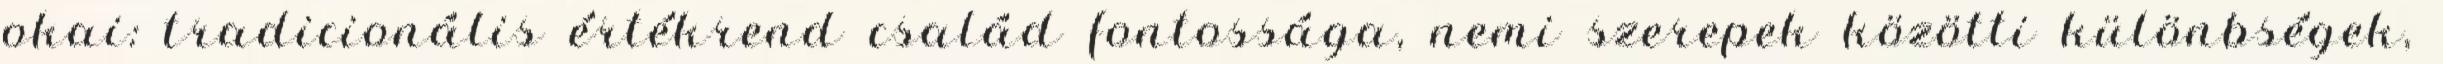
okai: tradicionális értékrend család fontossága, nemi szerepek közötti különbségek,